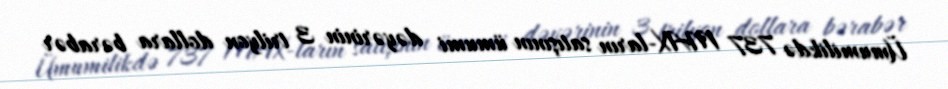
Ümumilikdə 737 MAX-ların satışının ümumi dəyərinin 3 trilyon dollara bərabər